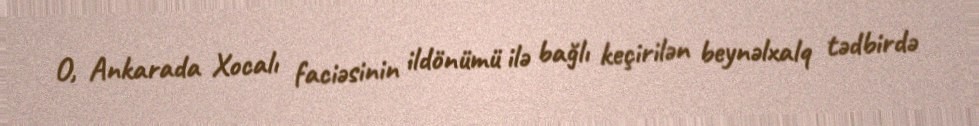
O, Ankarada Xocalı faciəsinin ildönümü ilə bağlı keçirilən beynəlxalq tədbirdə